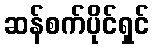
ဆန်စက်ပိုင်ရှင်